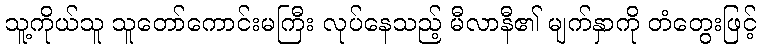
သူ့ကိုယ်သူ သူတော်ကောင်းမကြီး လုပ်နေသည့် မီလာနီ၏ မျက်နှာကို တံတွေးဖြင့်